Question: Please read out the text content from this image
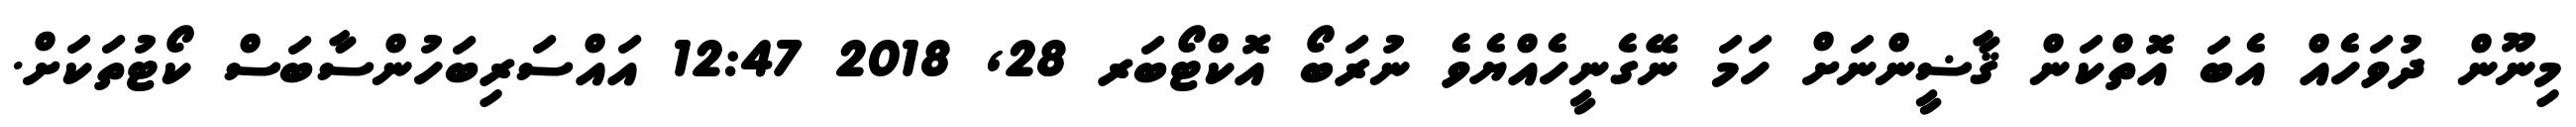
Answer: މިނޫން ދުވަހެއް އެބަ އޮތްކަން ޤާޟީންނަށް ހަމަ ނޭގެނީހެއްޔެވެ ނުރަބޯ އޮކްޓޯބަރ 28, 2018 12:47 އައްސަރިބަހުންސާބަސް ކޯޓުތަކަށް.